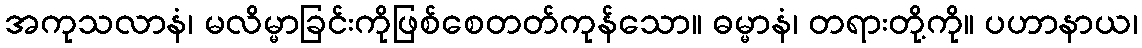
အကုသလာနံ၊ မလိမ္မာခြင်းကိုဖြစ်စေတတ်ကုန်သော။ ဓမ္မာနံ၊ တရားတို့ကို။ ပဟာနာယ၊